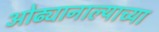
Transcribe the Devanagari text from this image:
ओढ्यानाल्याच्या